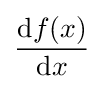
{\frac {\mathrm {d} f(x)}{\mathrm {d} x}}